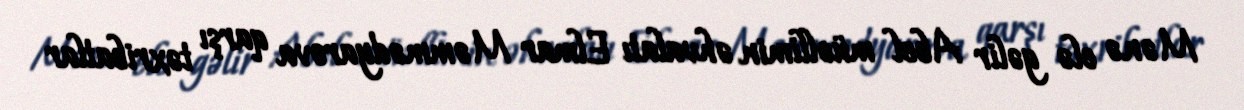
Mənə elə gəlir Abel müəllimin əhvalatı Elmar Məmmədyarova qarşı təxribatlar